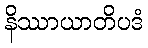
နိဿာယာတိပဒံ